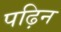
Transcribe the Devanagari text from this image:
पढ़िन